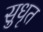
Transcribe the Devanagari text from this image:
सुधृत